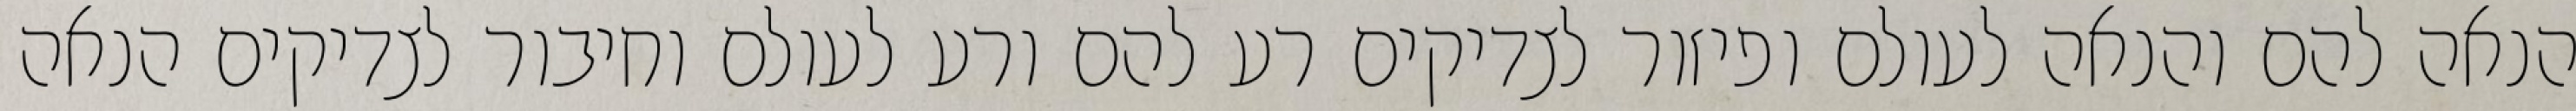
הנאה להם והנאה לעולם ופיזור לצדיקים רע להם ורע לעולם וחיבור לצדיקים הנאה